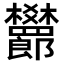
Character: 𬅙